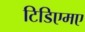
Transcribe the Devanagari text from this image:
टिडिएमए